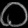
Digit: ၀